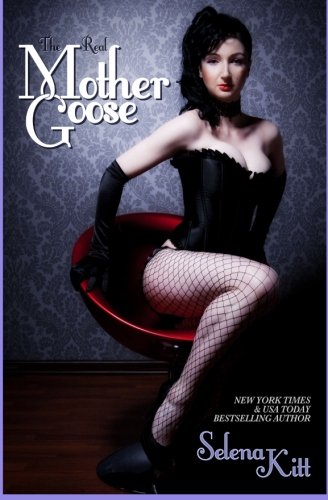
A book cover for The Real Mother Goose; Selena Kitt; Romance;